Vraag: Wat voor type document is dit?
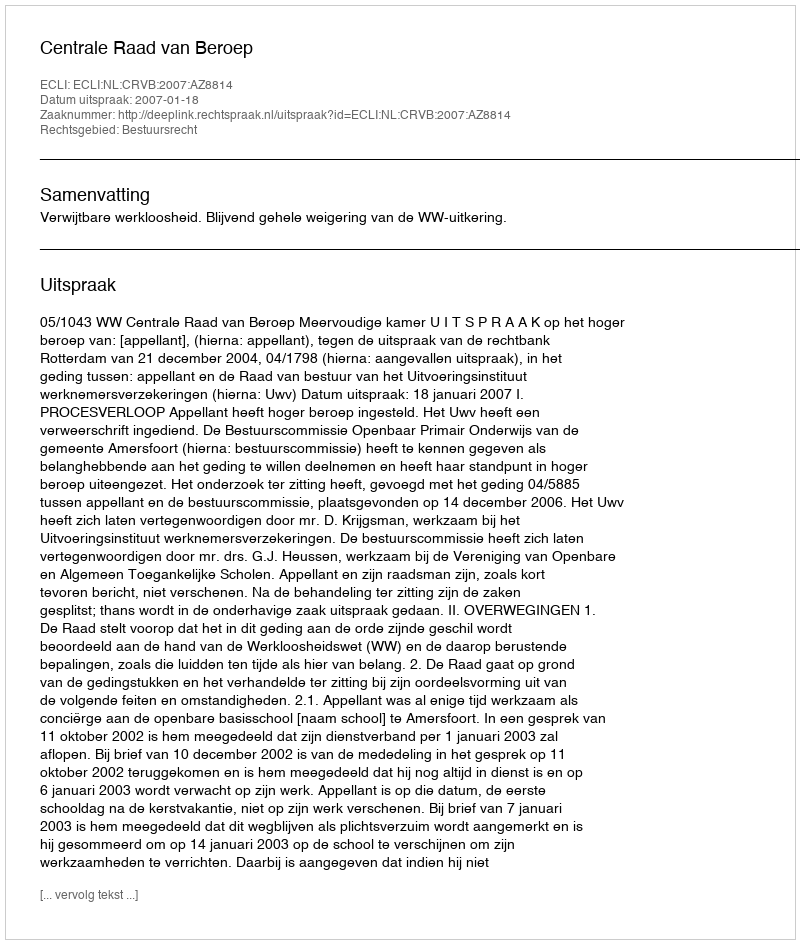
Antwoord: Uitspraak